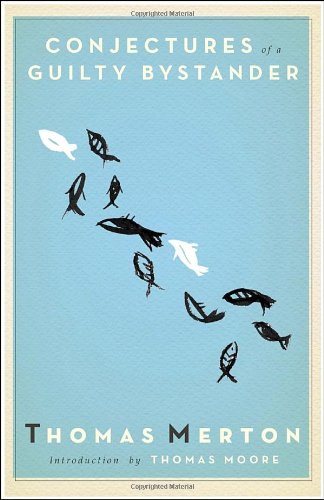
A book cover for Conjectures of a Guilty Bystander (Image Classics); Thomas Merton; Religion & Spirituality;